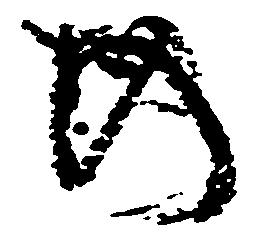
の